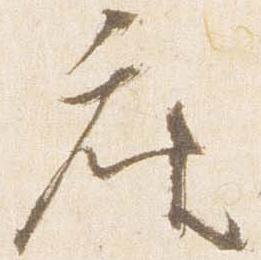
座